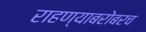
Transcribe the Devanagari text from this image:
राहण्याबरोबरच